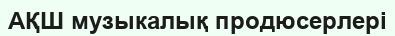
АҚШ музыкалық продюсерлері